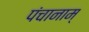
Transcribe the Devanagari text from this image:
पंचानाम्